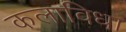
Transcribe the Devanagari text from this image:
कलाविधा